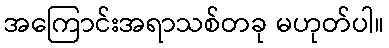
အကြောင်းအရာသစ်တခု မဟုတ်ပါ။